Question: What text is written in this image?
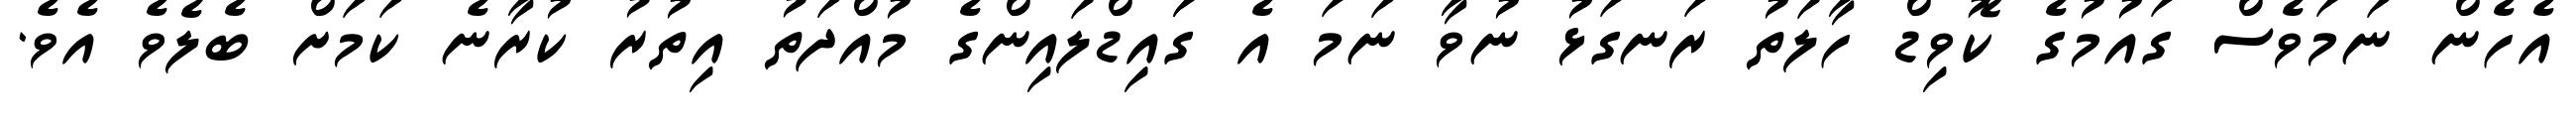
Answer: އެހެން ނަމަވެސް ގައުމުގެ ކޮވިޑް ހާލަތު ރަނގަޅު ނުވާ ނަމަ އެ ގަައިޑްލައިންގެ މުއްދަތު އިތުރު ކުރާނެ ކަމަށް ބެލެވެ އެވެ.